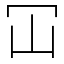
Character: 冚